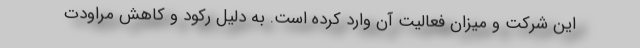
این شرکت و میزان فعالیت آن وارد کرده است. به دلیل رکود و کاهش مراودت